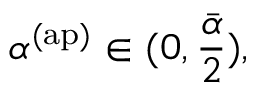
\alpha ^ { \mathrm { ( a p ) } } \in ( 0 , \frac { \bar { \alpha } } { 2 } ) ,